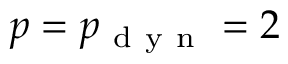
p = p _ { \mathrm { ~ d ~ y ~ n ~ } } = 2